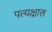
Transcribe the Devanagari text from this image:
पत्यक्षात